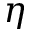
\eta